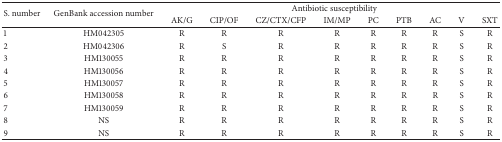
<table><thead><tr><td rowspan="2"><b>S. number</b></td><td rowspan="2"><b>GenBank accession number</b></td><td colspan="9"><b>Antibiotic susceptibility</b></td></tr><tr><td><b>AK/G </b></td><td><b>CIP/OF</b></td><td><b>CZ/CTX/CFP</b></td><td><b>IM/MP</b></td><td><b>PC</b></td><td><b>PTB</b></td><td><b>AC</b></td><td><b>V</b></td><td><b>SXT</b></td></tr></thead><tbody><tr><td>1</td><td>HM042305</td><td>R</td><td>R</td><td>R</td><td>R</td><td>R</td><td>R</td><td>R</td><td>S</td><td>R</td></tr><tr><td>2</td><td>HM042306</td><td>R</td><td>S</td><td>R</td><td>R</td><td>R</td><td>R</td><td>R</td><td>S</td><td>R</td></tr><tr><td>3</td><td>HM130055</td><td>R</td><td>R</td><td>R</td><td>R</td><td>R</td><td>R</td><td>R</td><td>S</td><td>R</td></tr><tr><td>4</td><td>HM130056</td><td>R</td><td>R</td><td>R</td><td>R</td><td>R</td><td>R</td><td>R</td><td>S</td><td>R</td></tr><tr><td>5</td><td>HM130057</td><td>R</td><td>R</td><td>R</td><td>R</td><td>R</td><td>R</td><td>R</td><td>S</td><td>R</td></tr><tr><td>6</td><td>HM130058</td><td>R</td><td>R</td><td>R</td><td>R</td><td>R</td><td>R</td><td>R</td><td>S</td><td>R</td></tr><tr><td>7</td><td>HM130059</td><td>R</td><td>R</td><td>R</td><td>R</td><td>R</td><td>R</td><td>R</td><td>S</td><td>R</td></tr><tr><td>8</td><td>NS</td><td>R</td><td>R</td><td>R</td><td>R</td><td>R</td><td>R</td><td>R</td><td>S</td><td>R</td></tr><tr><td>9</td><td>NS</td><td>R</td><td>R</td><td>R</td><td>R</td><td>R</td><td>R</td><td>R</td><td>S</td><td>R</td></tr></tbody></table>